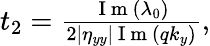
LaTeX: \begin{array}{r}{t_{2}=\frac{\mathrm{~I~m~}\left(\lambda_{0}\right)}{2\left|\eta_{yy}\right|\mathrm{~I~m~}\left(qk_{y}\right)},}\end{array}